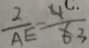
\frac { 2 } { A E } = \frac { 4 ^ { . } } { 6 3 }